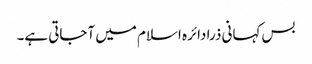
بس کہانی ذرا دائرہ اسلام میں آجاتی ہے۔